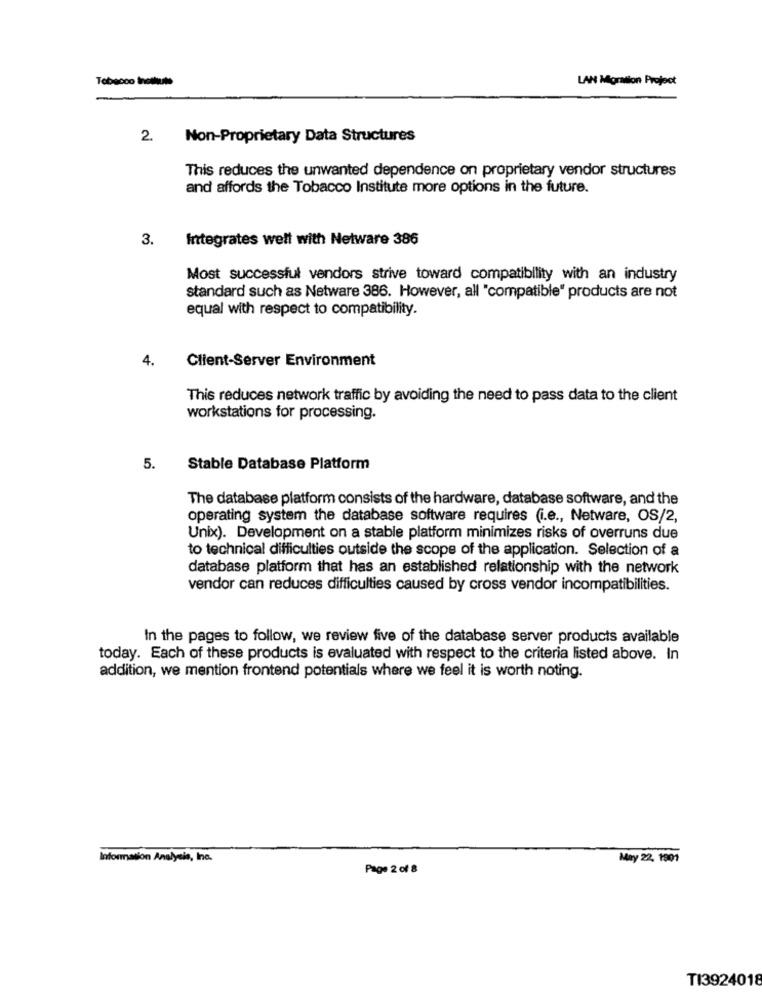
Tobacco *** lol*
LAN Migration Project
2. Non-Proprietary Data Structures
This reduces the unwanted dependence on proprietary vendor structures
and affords the Tobacco Institute more options in the future.
3.
Integrates well with Netware 386
Most successful vendors strive toward compatibility with an industry
standard such as Netware 386. However, all "compatible" products are not
equal with respect to compatibility.
4.
Client-Server Environment
This reduces network traffic by avoiding the need to pass data to the client
workstations for processing.
5.
Stable Database Platform
The database platform consists of the hardware, database software, and the
operating system the database software requires (i.e ., Netware, OS/2,
Unix). Development on a stable platform minimizes risks of overruns due
to technical difficulties outside the scope of the application. Selection of a
database platform that has an established relationship with the network
vendor can reduces difficulties caused by cross vendor incompatibilities.
In the pages to follow, we review five of the database server products available
today. Each of these products is evaluated with respect to the criteria listed above. In
addition, we mention frontend potentials where we feel it is worth noting.
Information Analysis, Inc.
May 22, 1901
Page 2 of 8
TI3924018